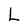
Character: L